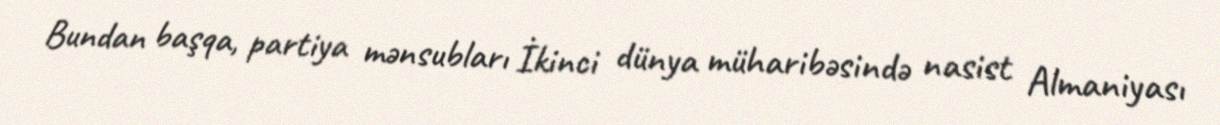
Bundan başqa, partiya mənsubları İkinci dünya müharibəsində nasist Almaniyası